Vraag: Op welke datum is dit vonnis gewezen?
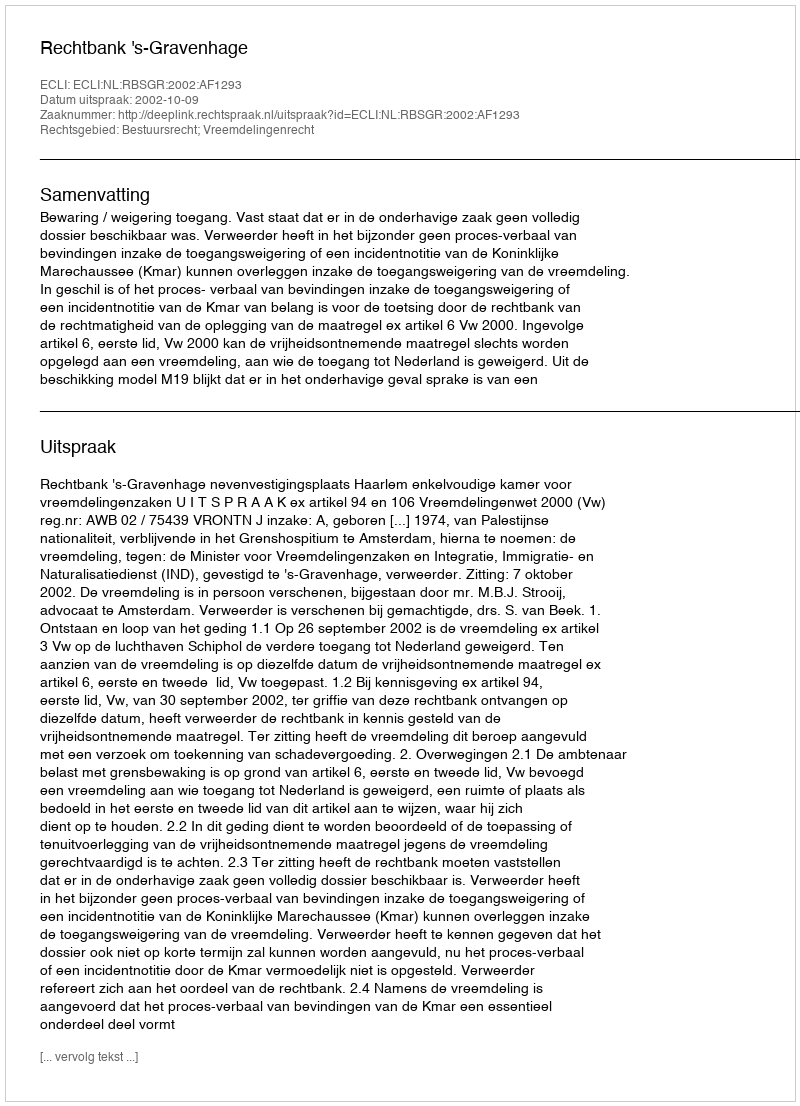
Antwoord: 2002-10-09